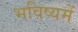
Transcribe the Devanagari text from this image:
भविष्‍यमें